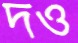
দও